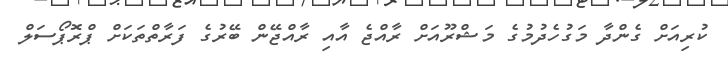
ކުރިއަށް ގެންދާ މަގުހެދުމުގެ މަޝްރޫއަށް ރާއްޖެ އާއި ރާއްޖޭން ބޭރުގެ ފަރާތްތަކަށް ޕްރޮޕޯސަލް